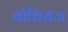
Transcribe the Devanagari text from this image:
बोधिराज